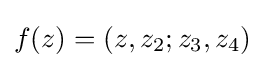
f(z)=(z,z_{2};z_{3},z_{4})